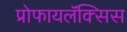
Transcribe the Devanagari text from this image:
प्रोफायलॅक्सिस